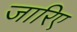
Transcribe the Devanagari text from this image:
जारिए